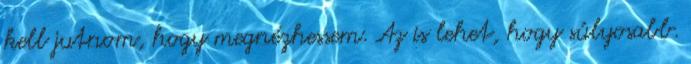
kell jutnom, hogy megnézhessem. Az is lehet, hogy súlyosabb.